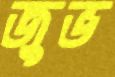
জুভ